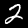
Digit: 2